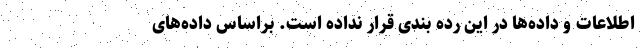
اطلاعات و داده‌ها در این رده بندی قرار نداده است. براساس داده‌های